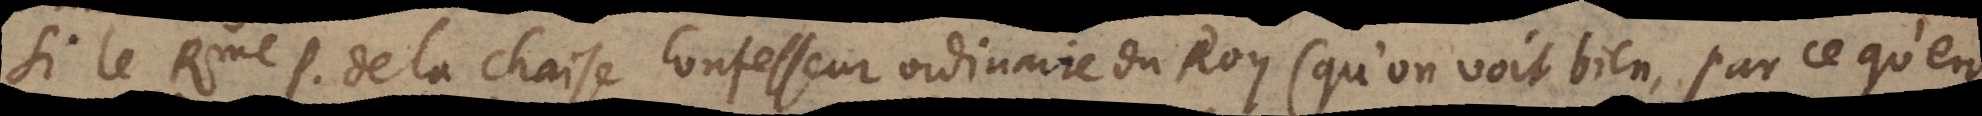
Si le Rme P. de la Chaise consesseur ordinaire du Roy (qu’on voit bien, par ce qu’en